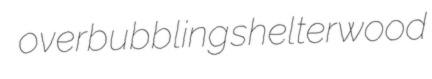
overbubbling shelterwood